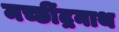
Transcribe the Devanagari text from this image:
मच्छींद्रनाथ